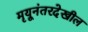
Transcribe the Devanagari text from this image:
मृयूनंतरदेखील